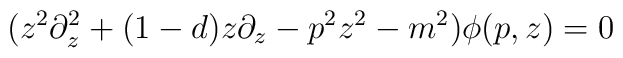
(z^2 \partial_z^2+(1-d) z\partial_z-p^2 z^2-m^2)\phi(p,z)=0